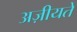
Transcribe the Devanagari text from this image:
अज़ीयतें